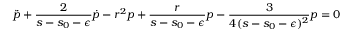
\ddot { p } + \frac { 2 } { s - s _ { 0 } - \epsilon } \dot { p } - r ^ { 2 } p + \frac { r } { s - s _ { 0 } - \epsilon } p - \frac { 3 } { 4 ( s - s _ { 0 } - \epsilon ) ^ { 2 } } p = 0